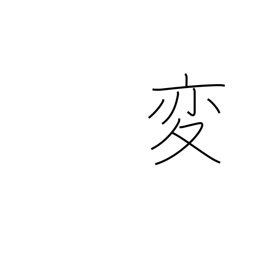
Meaning: unusual